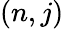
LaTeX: (n,j)